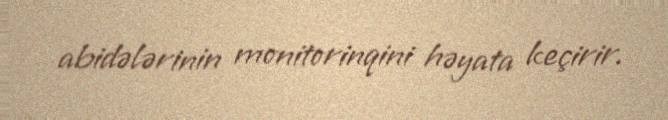
abidələrinin monitorinqini həyata keçirir.